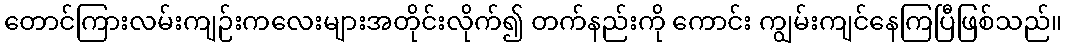
တောင်ကြားလမ်းကျဉ်းကလေးများအတိုင်းလိုက်၍ တက်နည်းကို ကောင်း ကျွမ်းကျင်နေကြပြီဖြစ်သည်။